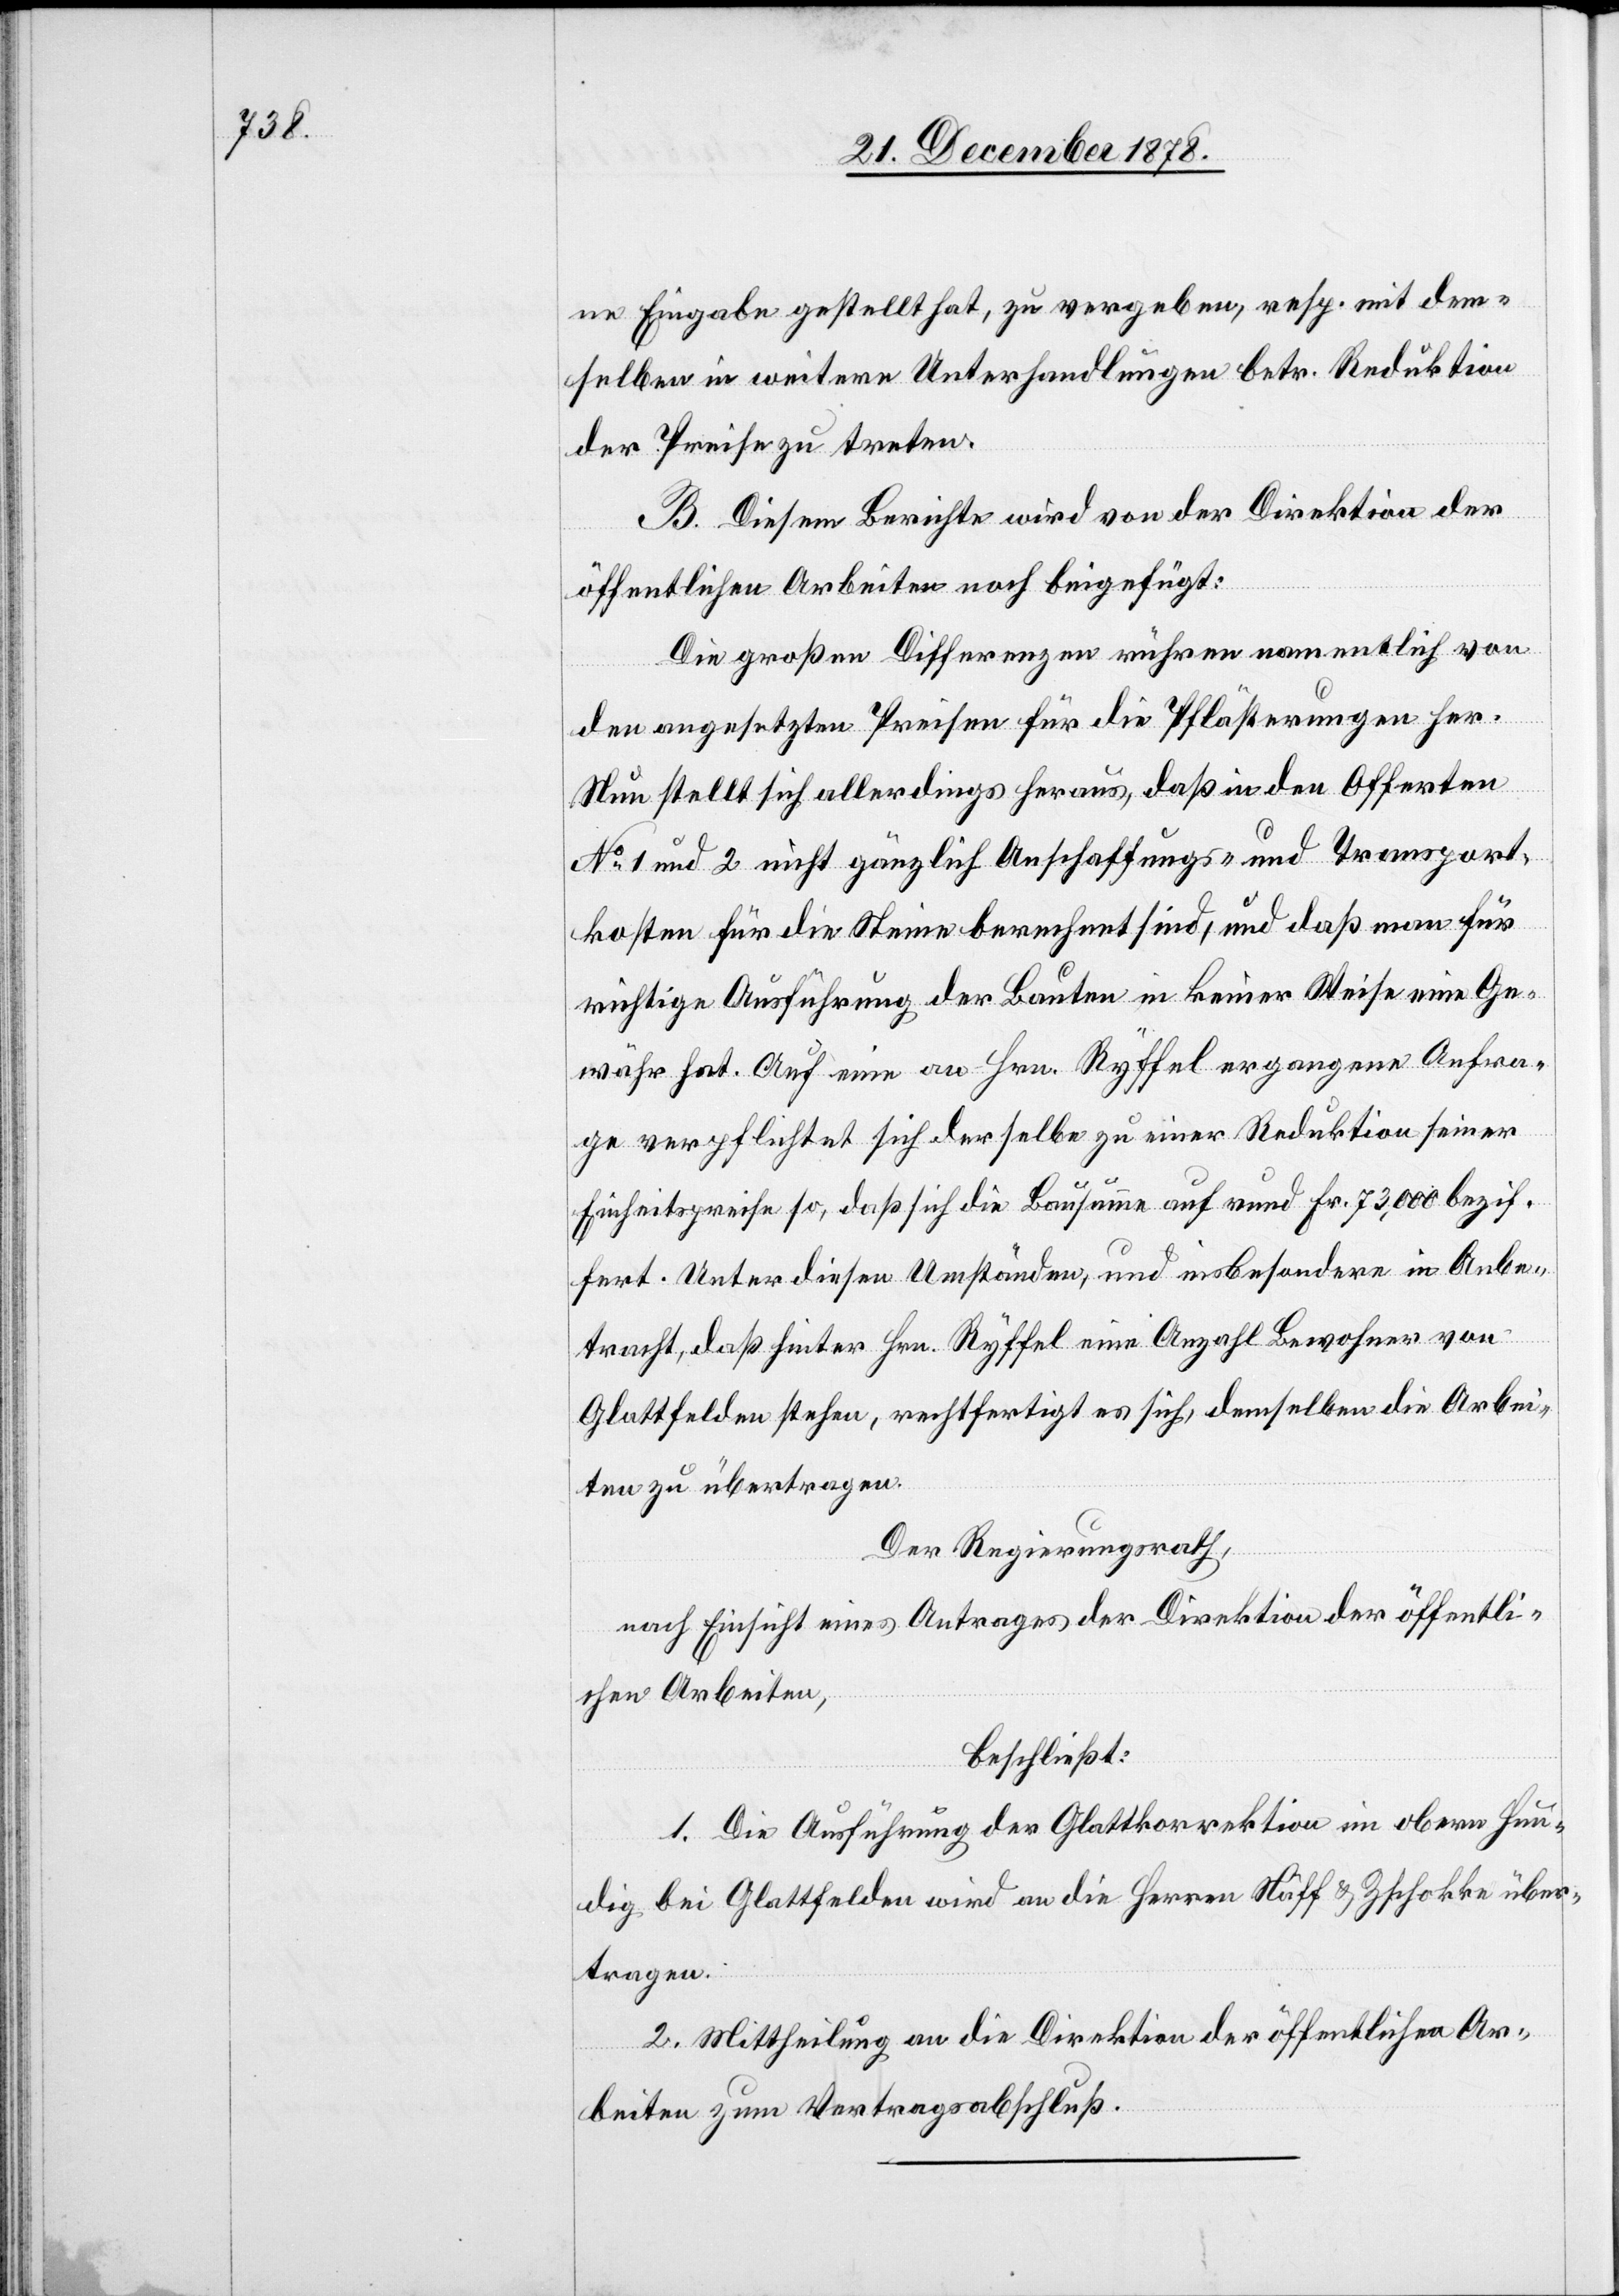
ne Eingabe gestellt hat, zu vergeben, resp. mit dem¬
selben in weitere Unterhandlungen betr. Reduktion
der Preise zu treten.
B. Diesem Berichte wird von der Direktion der
öffentlichen Arbeiten noch beigefügt:
Die großen Differenzen rühren namentlich von
den angesetzten Preisen für die Pflästerungen her.
Nun stellt sich allerdings heraus, daß in den Offerten
No 1 und 2 nicht gänzlich Anschaffungs- und Transport¬
kosten für die Steine berechnet sind, und das man für
richtige Ausführung der Bauten in keiner Weise eine Ge¬
währ hat. Auf eine an Hrn. Ryffel, ergangene Anfra¬
ge verpflichtet sich derselbe zu einer Reduktion seiner
Einheitspreise so, daß sich die Bausumme auf rund Fr. 73,000 bezif¬
fert. Unter diesen Umständen, und insbesondere in Anbe¬
tracht, daß hinter Hrn. Ryffel eine Anzahl Bewohner von
Glattfelden stehen, rechtfertigt es sich, demselben die Arbei¬
ten zu übertragen.
Der Regierungsrath,
nach Einsicht eines Antrages der Direktion der öffentli¬
chen Arbeiten,
beschließt:
1. Die Ausführung der Glattkorrektion im obern Hun¬
dig bei Glattfelden wird an die Herren Näff & Zschokke über¬
tragen.
2. Mittheilung an die Direktion der öffentlichen Ar¬
beiten zum Vertragsabschluß.